Annual report on the lock hospitals of the Madras Presidency
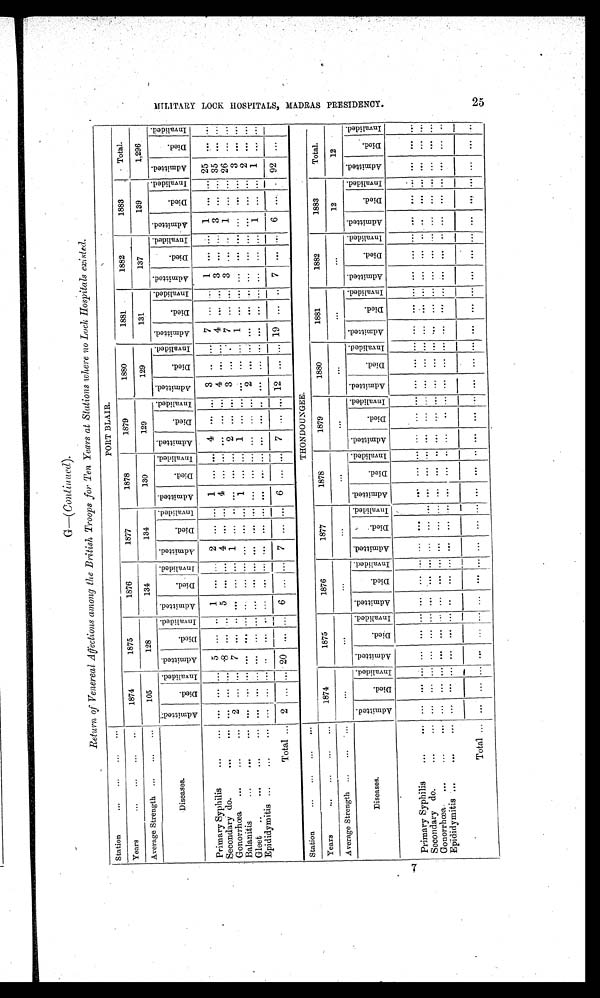
G—( Continued).
Return of Venereal Affections among the British Troops for Ten Years at Stations where no Lock Hospitals existed.
Station
... ... ... ...
PORT BLAIR.
Years
... ... ... ..
1874
1875
1876
1877
1878
1879
1880
1881
1882
1883
Total.
Average Strength ... ... ...
105
128
134
134
130
129
129
131
137
139
1,296
Diseases.
A d m i t t e d .
D i e d .
I n v a l i d e d . A d m i t t e d .
D i e d .
I n v a l i d e d . A d m i t t e d .
Died.
I n v a l i d e d . A d mi t t e d .
D i e d .
I n v a l i d e d . Ad mi t t e d .
D i e d .
I n v a l i d e d . A d m i t t e d .
Di e d .
I n v a l i d e d .
A d m i t t e d .
D i e d .
I n v a l i d e d . A d m i t t e d .
D i e d .
I n v a l i d e d . A d mi t t e d .
D i e d .
I n v a l i d e d . A d mi t t e d .
D i e d .
I n v a l i d e d . A d m i t t e d .
D i e d .
I n v a l i d e d .
Primary Syphilis
...
... ... ...
5 ... .. 1
... ...
2 ... ... 1 ... ... 4 ... ... 3 ... .. . . 7 ... ... 1
...
...
1 ... ... 25
... ...
Secondary do.
..
... ... ...
8
... ...
5
... ...
4
... ...
4
... ...
2
...
4
... ...
4
... ...
3 ... ... 3 ... ... 35
Gonorrhœa ...
...
...
2
... ...
7
... ... ... ... ...
1
... ... ... ... ...
1
... ...
3 ...
...
7 ... ... 3 ... .. 1 ... ... 26
... ...
Balanitis
...
...
... ... ... ... ... ... ... ... ... ... ... ...
1
... ... ... ... ... ... ... ...
1
... ... ... ... ... ... ... ...
3
... ...
Gleet
...
...
... ... ... ... ... ... ... ... ... ... ... ... ... ... ... ... ... ...
2 ...
... ... ... ... ... ... ... ... ... ...
2
... ...
Epididymitis ...
...
... ... ...
... ... ... ... ... ... ... ... ... ... ... ... ... ... ... ... ...
..
...
... ... ... ... ... ... 1 ... ... 1 . . . ...
Total ... 2 ... ... 20 ... ... 6 ...
...
7 . . . ... 6 ... ... 7 ... ... 12 ... ... 19 ... .. 7 ... ... 6 ... . 92 . . .
...
Station
... ... ... ...
THONDOUNGEE.
Years
... ... ... ...
1874
1875
1876
1877
1878
1879
1880
1881
1882
1883
Total.
Average Strength .., ...
. . .
...
...
...
...
...
...
...
12
12
Diseases.
A d m i t t e d .
D i e d .
I n v a l i d e d . A d m i t t e d .
D i e d .
I n v a l i d e d .
A d m i t t e d .
D i e d .
I n v a l i d e d . Ad mi t t e d .
D i e d .
I n v a l i d e d .
Ad mi t t e d .
Di e d .
I n v a l i d e d . A d m i t t e d .
Di e d .
I n v a l i d e d .
A d m i t t e d .
D i e d .
I n v a l i d e d . A d m i t t e d .
D i e d .
I n v a l i d e d . A d m i t t e d .
D i e d .
I n v a l i d e d .
Ad mi t t e d .
D i e d .
I n v a l i d e d .
A d m i t t e d .
D i e d .
I n v a l i d e d .
Primary Syphilis ...
... ... ... ... ... ... ... ... ... ... ... ... ... ... ... ... ... ... ... ... ... ... ... ... ... ... ... ... ... ... ... ... ...
Secondary do.
...
... ... ... ... ... . . . .. . ...
... ... ... ... ... ... ... ... ... ... ... ... ... ... ... ... ... ... ... ... ... ... ... ... ... ...
Gonorrhoea ...
...
... ... ... ... ... ... ... ... ... ... ... ... ... ... ... ... ... ... ... ... ... ... ... ... ... ... ... ... ... ... ... ... ...
Epididymitis ...
... ... ... ... ... ... ... ... ... ... ... ... ... ... ... ... ... ... ... ... ... ... ... ... ... ... ... ... ... ... ... ... ... ...
Total
... ... ... ... ... ... ... ... ... ... ... ... ... ... ... ... ... ... ... ... ... ... ... ... ... ... ... ... ... ... ... ...
M I L I T A R Y L O O C K H O S P I T A L S , M A D R A S P R E S I D E N C Y .
25